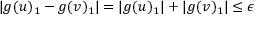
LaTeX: | g ( u ) _ { 1 } - g ( v ) _ { 1 } | = | g ( u ) _ { 1 } | + | g ( v ) _ { 1 } | \leq \epsilon